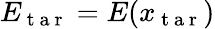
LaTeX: E_{\mathrm{~t~a~r~}}=E(x_{\mathrm{~t~a~r~}})